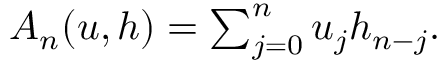
\begin{array} { r } { A _ { n } ( u , h ) = \sum _ { j = 0 } ^ { n } u _ { j } h _ { n - j } . } \end{array}